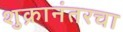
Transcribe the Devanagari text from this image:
शुक्रानंतरचा